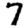
Digit: 7